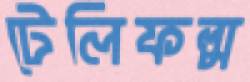
টেলিফল্ম